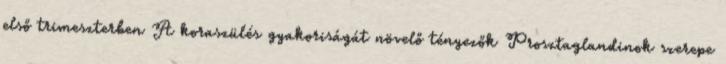
első trimeszterben A koraszülés gyakoriságát növelő tényezők Prosztaglandinok szerepe